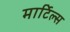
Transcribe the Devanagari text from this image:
मार्टिल्स